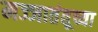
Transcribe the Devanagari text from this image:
मज्जातंतूच्या